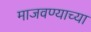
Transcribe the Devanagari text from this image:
माजवण्याच्या